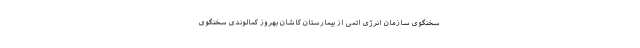
سخنگوی سازمان انرژی اتمی از بیمارستان کاشان بهروز کمالوندی سخنگوی